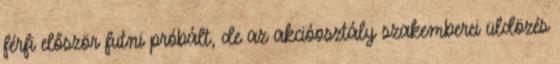
férfi először futni próbált, de az akcióosztály szakemberei üldözés